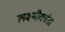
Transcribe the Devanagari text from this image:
लक्ष्मीकांता